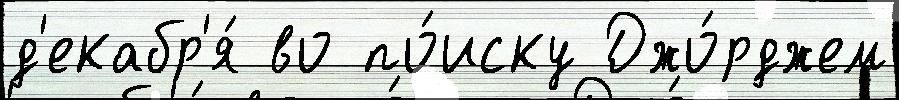
д'екабр'я́ во по́иску Джо́рджем